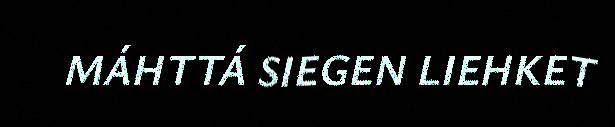
MÁHTTÁ SIEGEN LIEHKET